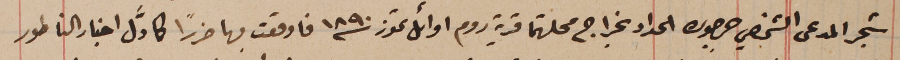
شجر المدعى الشخصي جرجوره الحداد بخراج محلتهما قرية روم اوائل تموز سنة ١٨٩٠ فاوقعت بها ضرراً كاوَّل اخبار الناطور